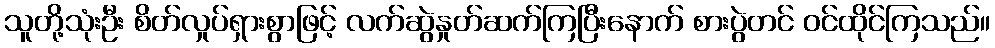
သူတို့သုံးဦး စိတ်လှုပ်ရှားစွာဖြင့် လက်ဆွဲနှုတ်ဆက်ကြပြီးနောက် စားပွဲတင် ဝင်ထိုင်ကြသည်။